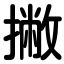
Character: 撇